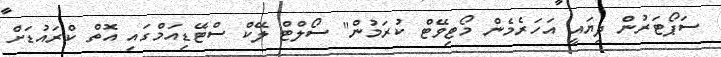
ސަޕޯޓަރުން ދިޔައީ އަހަރެމެން މޯޓިވޭޓް ކުރަމުން" ސޯލްޓް ލޭކް ސްޓޭޑިއަމްގައި އޮތް ކްރައުޑަށް